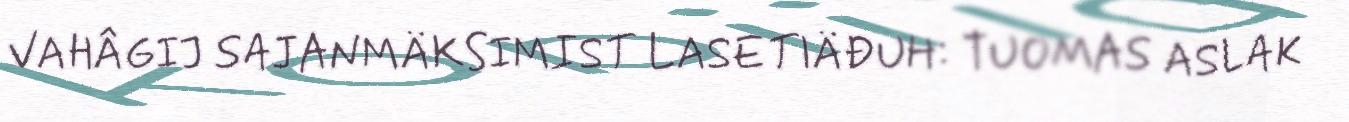
VAHÂGIJ SAJANMÄKSIMIST LASETIÄĐUH: TUOMAS ASLAK